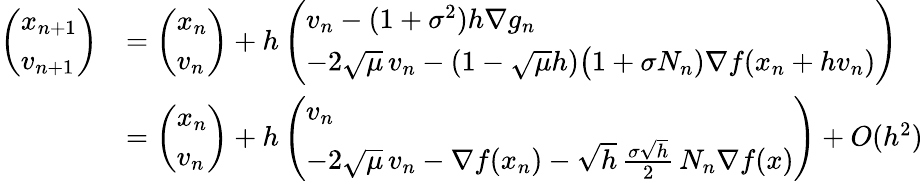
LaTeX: \begin{array}{rl}{\left(\begin{array}{l}{x_{n+1}}\\ {v_{n+1}}\end{array}\right)}&{=\left(\begin{array}{l}{x_{n}}\\ {v_{n}}\end{array}\right)+h\left(\begin{array}{l}{v_{n}-(1+\sigma^{2})h\nabla g_{n}}\\ {-2\sqrt\mu\, v_{n}-(1-\sqrt\mu h)\big(1+\sigma N_{n})\nabla f(x_{n}+hv_{n})}\end{array}\right)}\\ &{=\left(\begin{array}{l}{x_{n}}\\ {v_{n}}\end{array}\right)+h\left(\begin{array}{l}{v_{n}}\\ {-2\sqrt\mu\, v_{n}-\nabla f(x_{n})-\sqrt{h}\, \frac{\sigma\sqrt h}2\, N_{n}\nabla f(x)}\end{array}\right)+O(h^{2})}\end{array}